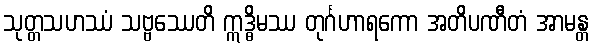
သုတ္တသဟဿံ သဗ္ဗဿေတိ ဣဒ္ဓိမဿ တုင်္ဂဟာရကော အတိပဏီတံ အာမန္တ